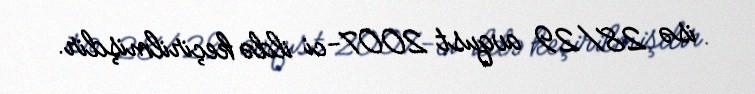
isə 28/29 avqust 2007-ci ildə keçirilmişdir.